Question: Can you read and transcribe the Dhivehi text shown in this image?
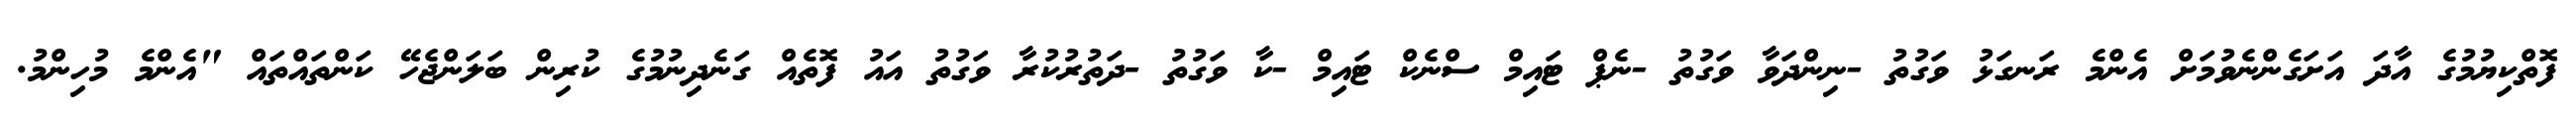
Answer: ފޮތްކިޔުމުގެ އާދަ އަށަގެންނެވުމަށް އެންމެ ރަނގަޅު ވަގުތު -ނިންދަވާ ވަގުތު -ނެޕް ޓައިމް ސްނެކް ޓައިމް -ކާ ވަގުތު -ދަތުރުކުރާ ވަގުތު އައު ފޮތެއް ގަނެދިނުމުގެ ކުރިން ބަލަންޖެހޭ ކަންތައްތައް "އެންމެ މުހިންމު.